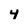
Character: 4